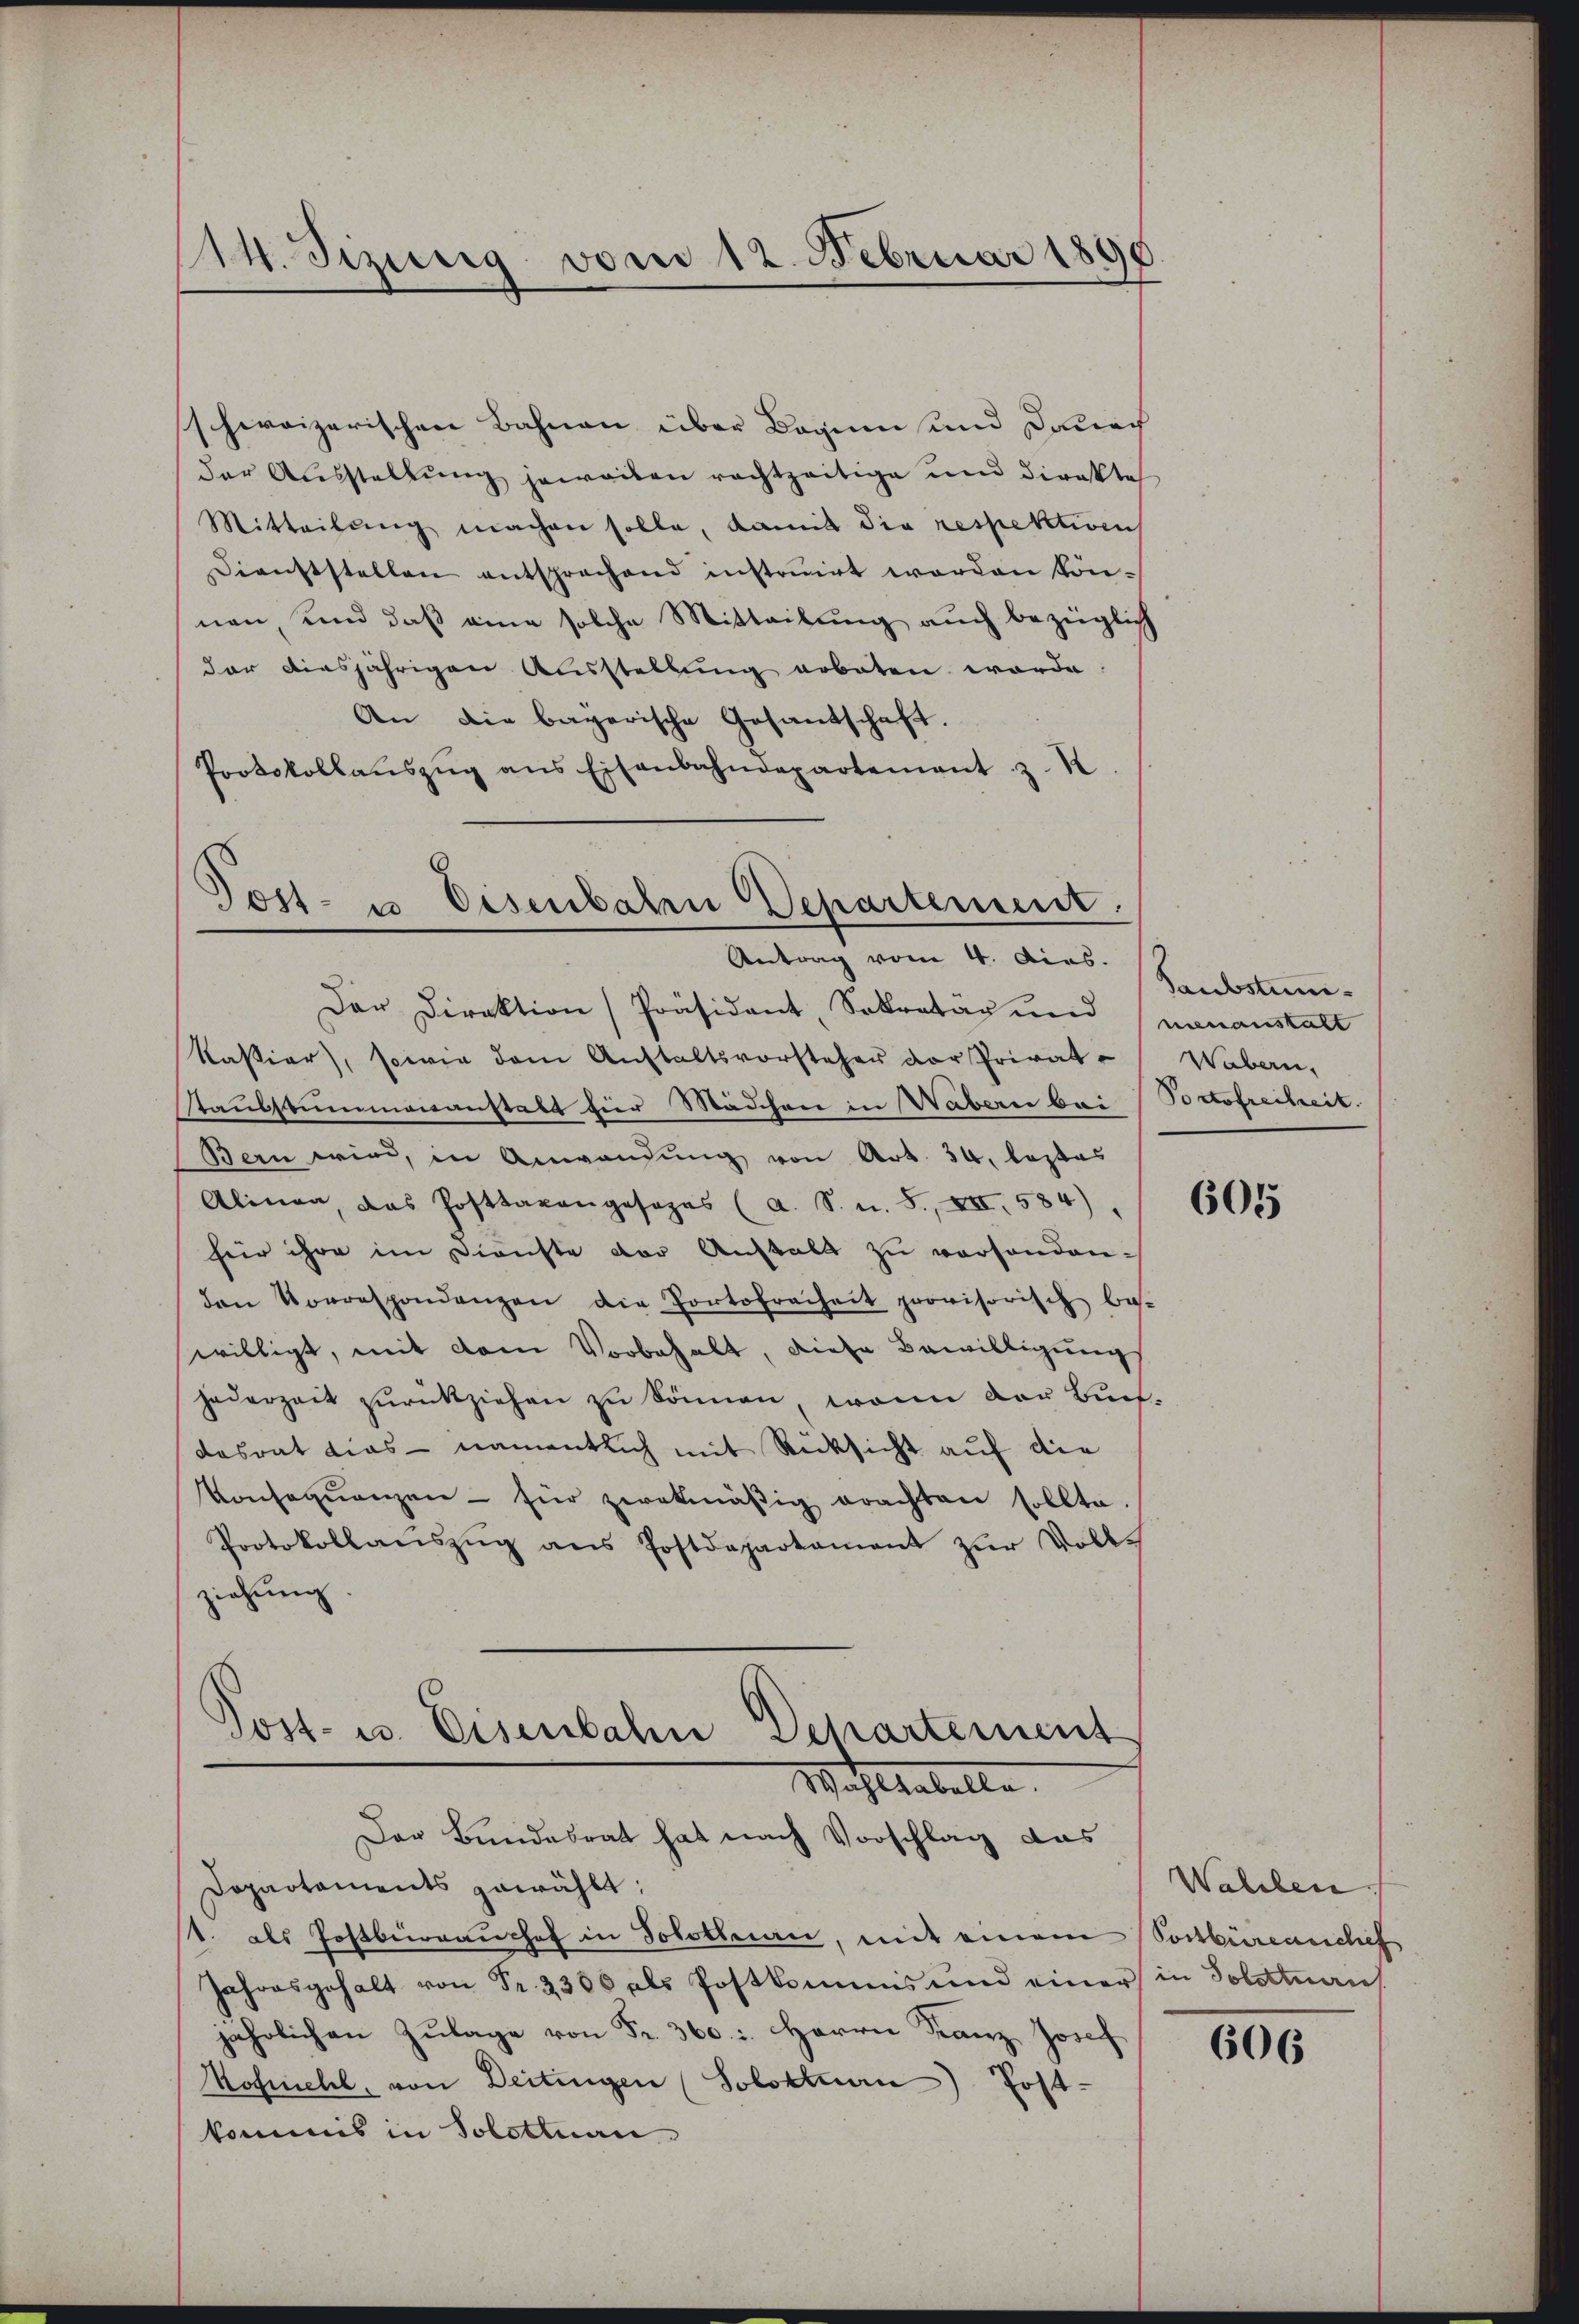
14. Sizung vom 12. Februar 1890.

schweizerischen Bahnen über Beginn und Danach
der Ausstellung jeweiten rechtzeitige und direkte
Mitteilŭng machen solle, damit die respektives
Dienststellen entsprechend instruirt worden kön-
nen, und daß eine solche Mitteilung auch bezüglich
der diesjährigen Ausstellung erboten werde.
An die bayerische Gesantschaft.
Protokollaŭszŭg ans Eisenbahndepartement z.

Tost- u Eisenbaten Departement.
Antrag vom 4. dies.

Der Direktion Präsident, Sekretär und menanstalt
Kastiar), sowie dem Anstaltsvorsteher der Privat-
Taubstummenanstatt hier Mädchen in Wabern bei Portofreiheit.
Bern wird, in Anwendung von Art. 34, lastas
Alinen, das Posttaxangesages (a. S. u. S., XII, 584).
für ihre im Dienste der Anstalt zu vorhanden.
den Vorrespondenzen die Portofreiheit provisorisch bes-
willigt, mit dem Vorbehalt, diese Bewilligung
jederzeit zurückziehen zu können, wenn der Buch-
dasrat dies - namentlich mit Rücksicht auf die
Konseqŭenzen - für zwekmäβig erachten sollte.
Protokollaŭszŭg ans Postdepartament zŭr Volke
ziehung.

Post- u. Eisenbahn Departement
Wohltabelle.
Der Bundesrat hat nach Vorschlag das

Dopartaments gewählt:
t. des Postberrauchef in Solothuan, mit einem
Jahresgehalt von Fr. 2300 als Postkommis und einer in Solottnau
jährlichen Zulage von Fr. 360. Herrn Franz Josef
Kofmehl, von Deitingen (Solothurn) Post-
kommis in Solottuan

Saubstum¬
Wabern,

605

Wahlen
Postbüreanchef

606